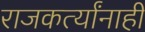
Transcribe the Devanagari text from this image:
राजकर्त्यांनाही